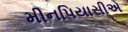
મીનપિયાસીએ